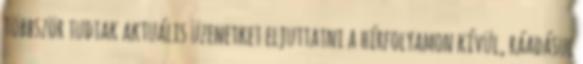
többször tudtak aktuális üzenetket eljuttatni a hírfolyamon kívül, ráadásul